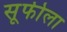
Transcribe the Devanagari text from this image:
सूफीला